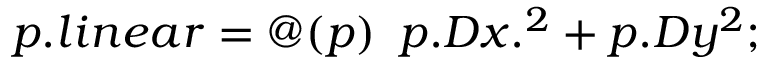
p . l i n e a r = @ ( p ) \, \, \, p . D x . ^ { 2 } + p . D y ^ { 2 } ;